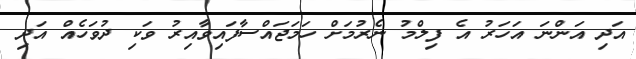
އަދި އަންނަ އަހަރު އެ ފިލްމު ނެރުމަށް ހަމަޖައްސާފައިވާއިރު ވަކި ދުވަހެއް އަދި